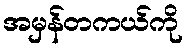
အမှန်တကယ်ကို